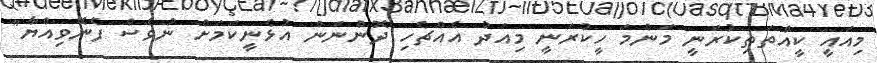
މިއައީ ކީއްތަތިކުރަނީ މަންމަ ހީކުރަނީ މިއަދު އެއްޗެހި ދޮންނަން އުޅެނީކަމަށް ނުވެސް ފެނޭވިއްޔާ"